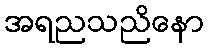
အရညသညိနော